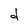
Character: d